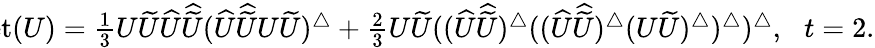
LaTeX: \begin{array}{r}{\! \! \! \! \! \! \! \mathrm{Det}(U)=\frac{1}{3}U\widetilde{U}\widehat{U}\widehat{\widetilde{U}}(\widehat{U}\widehat{\widetilde{U}}U\widetilde{U})^{\bigtriangleup}+\frac{2}{3}U\widetilde{U}((\widehat{U}\widehat{\widetilde{U}})^{\bigtriangleup}((\widehat{U}\widehat{\widetilde{U}})^{\bigtriangleup}(U\widetilde{U})^{\bigtriangleup})^{\bigtriangleup})^{\bigtriangleup},\, \, \, \, t=2.}\end{array}